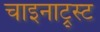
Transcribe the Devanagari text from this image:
चाइनाट्र्स्ट